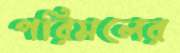
পরিমলের